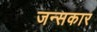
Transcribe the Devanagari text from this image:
जन्सकार